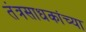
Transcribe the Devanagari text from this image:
तंत्रसाधकांच्या